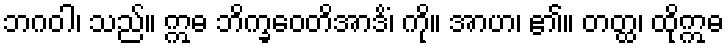
ဘဂဝါ၊ သည်။ ဣဓ ဘိက္ခဝေတိအာဒိံ၊ ကို။ အာဟ၊ ၏။ တတ္ထ၊ ထိုဣဓ